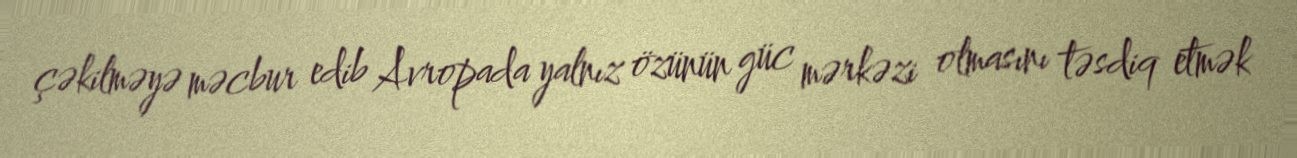
çəkilməyə məcbur edib Avropada yalnız özünün güc mərkəzi olmasını təsdiq etmək